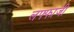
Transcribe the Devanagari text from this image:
लफ्फाजी